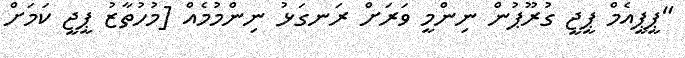
"ޕީޕީއެމް ޕީޖީ ގުރޫޕުން ނިންމީ ވަރަށް ރަނގަޅު ނިންމުމެއް [މުހުތާޒު ޕީޖީ ކަމަށް